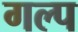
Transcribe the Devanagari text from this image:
गल्‍प